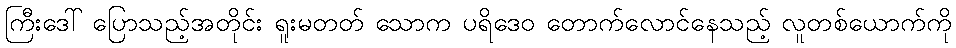
ကြီးဒေါ် ပြောသည့်အတိုင်း ရူးမတတ် သောက ပရိဒေဝ တောက်လောင်နေသည့် လူတစ်ယောက်ကို